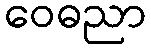
ဝေဓညာ